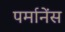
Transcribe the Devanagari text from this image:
पर्मानेंस